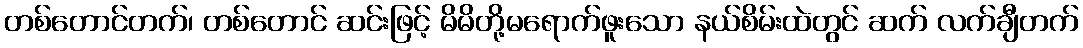
တစ်တောင်တက်၊ တစ်တောင် ဆင်းဖြင့် မိမိတို့မရောက်ဖူးသော နယ်စိမ်းထဲတွင် ဆက် လက်ချီတက်